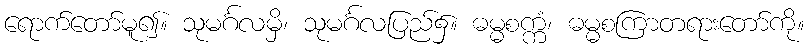
ရောက်တော်မူ၍။ သုမင်္ဂလမှိ၊ သုမင်္ဂလပြည်၌။ ဓမ္မစက္ကံ၊ ဓမ္မစကြာတရားတော်ကို။